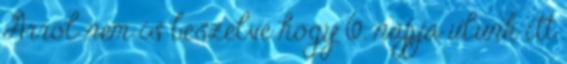
Arrol nem is beszelve hogy 6. napja ulunk itt